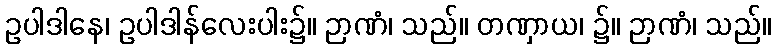
ဥပါဒါနေ၊ ဥပါဒါန်လေးပါး၌။ ဉာဏံ၊ သည်။ တဏှာယ၊ ၌။ ဉာဏံ၊ သည်။